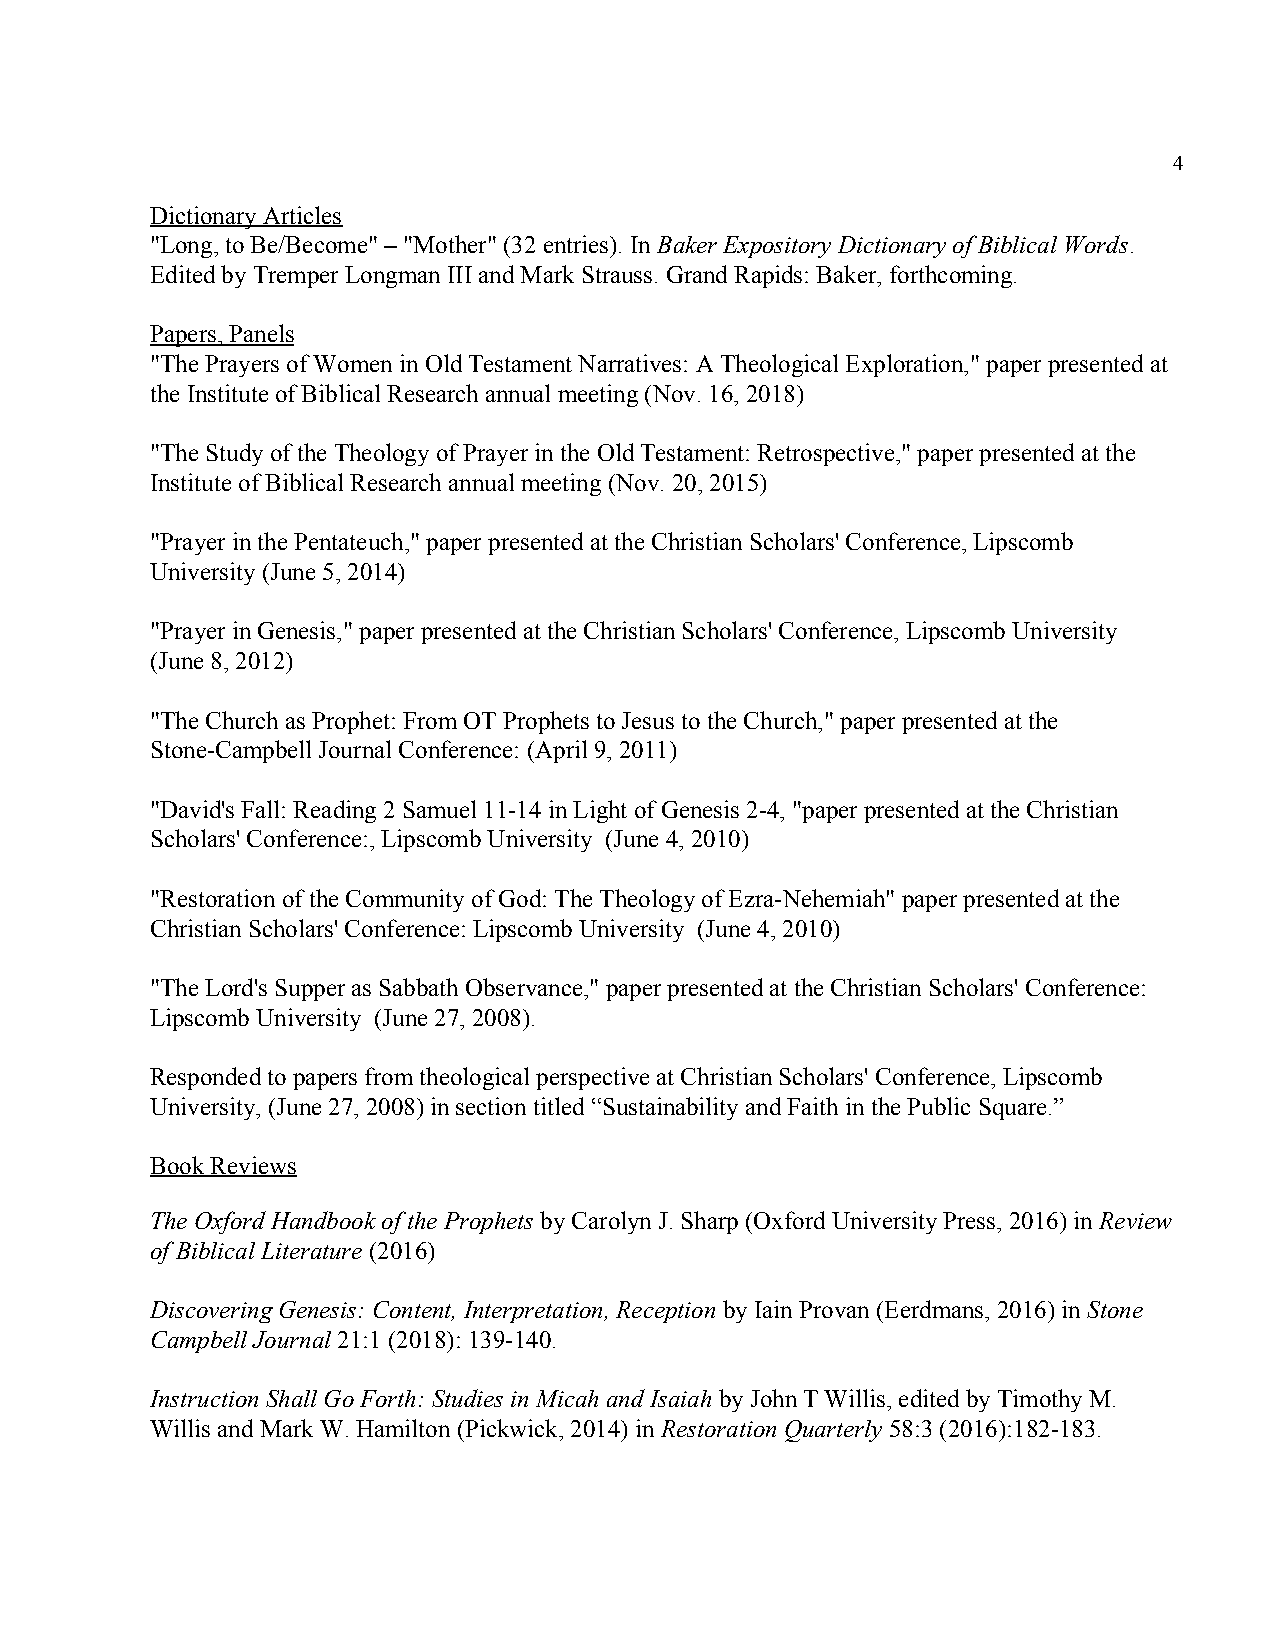
4
 Dictionary Articles
 "Long, to Be/Become" – "Mother" (32 entries). In Baker Expository Dictionary of Biblical Words.
 ​                             ​
 Edited by Tremper Longman III and Mark Strauss. Grand Rapids: Baker, forthcoming.
 Papers, Panels
 "The Prayers of Women in Old Testament Narratives: A Theological Exploration," paper presented at
 the Institute of Biblical Research annual meeting (Nov. 16, 2018)
 "The Study of the Theology of Prayer in the Old Testament: Retrospective," paper presented at the
 Institute of Biblical Research annual meeting (Nov. 20, 2015)
 "Prayer in the Pentateuch," paper presented at the Christian Scholars' Conference, Lipscomb
 University (June 5, 2014)
 "Prayer in Genesis," paper presented at the Christian Scholars' Conference, Lipscomb University
 (June 8, 2012)
 "The Church as Prophet: From OT Prophets to Jesus to the Church," paper presented at the
 Stone-Campbell Journal Conference: (April 9, 2011)
 "David's Fall: Reading 2 Samuel 11-14 in Light of Genesis 2-4, "paper presented at the Christian
 Scholars' Conference:, Lipscomb University (June 4, 2010)
 "Restoration of the Community of God: The Theology of Ezra-Nehemiah" paper presented at the
 Christian Scholars' Conference: Lipscomb University (June 4, 2010)
 "The Lord's Supper as Sabbath Observance," paper presented at the Christian Scholars' Conference:
 Lipscomb University (June 27, 2008).
 Responded to papers from theological perspective at Christian Scholars' Conference, Lipscomb
 University, (June 27, 2008) in section titled “Sustainability and Faith in the Public Square.”
 Book Reviews
 The Oxford Handbook of the Prophets by Carolyn J. Sharp (Oxford University Press, 2016) in Review
 ​                                     ​
 of Biblical Literature (2016)
 ​
 Discovering Genesis: Content, Interpretation, Reception by Iain Provan (Eerdmans, 2016) in Stone
 ​                        ​
 Campbell Journal 21:1 (2018): 139-140.
 ​
 Instruction Shall Go Forth: Studies in Micah and Isaiah by John T Willis, edited by Timothy M.
 ​
 Willis and Mark W. Hamilton (Pickwick, 2014) in Restoration Quarterly 58:3 (2016):182-183.
 ​              ​